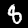
Digit: 8